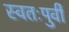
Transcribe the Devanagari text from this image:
स्वतःपुर्वी